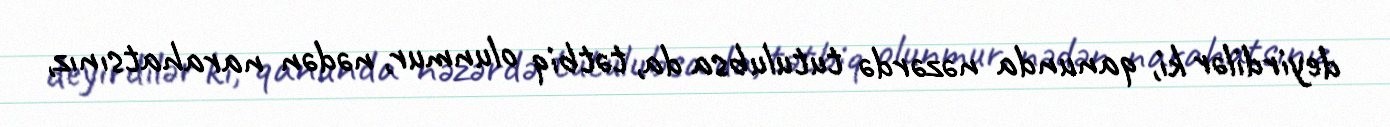
deyirdilər ki, qanunda nəzərdə tutulubsa da, tətbiq olunmur, nədən narahatsınız,